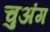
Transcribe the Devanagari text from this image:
चुअंग